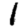
Digit: 1